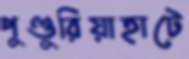
পুণ্ডুরিয়াহাটে